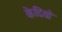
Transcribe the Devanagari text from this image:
केदियो